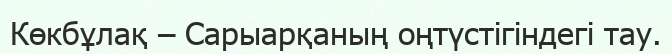
Көкбұлақ – Сарыарқаның оңтүстігіндегі тау.